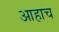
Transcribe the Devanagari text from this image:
आहाच